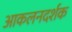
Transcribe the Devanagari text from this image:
आकलनदर्शक